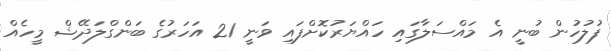
ފުލުހުން ބުނީ އެ މައްސަލާގައި ހައްޔަރުކޮށްފައި ވަނީ 21 އަހަރުގެ ބަންގްލަދޭޝް މީހެއް